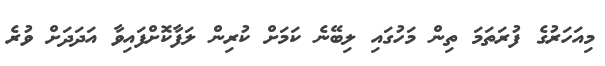
މިއަހަރުގެ ފުރަތަމަ ތިން މަހުގައި ލިބޭނެ ކަމަށް ކުރިން ލަފާކޮށްފައިވާ އަދަދަށް ވުރެ